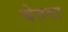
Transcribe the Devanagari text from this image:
चेतवा